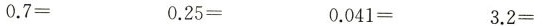
$$0 . 7 =$$ $$0 . 2 5 =$$ $$0 . 0 4 1 =$$ $$3 . 2 =$$